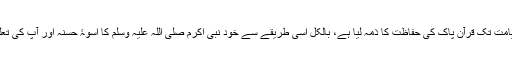
اللہ تبارک و تعالیٰ نے جہاں قیامت تک قرآن پاک کی حفاظت کا ذمہ لیا ہے، بالکل اسی طریقے سے خود نبی اکرم صلی اللہ علیہ وسلم کا اسوۂ حسنہ اور آپؐ کی تعلیمات کو بھی محفوظ رہنا ہے۔